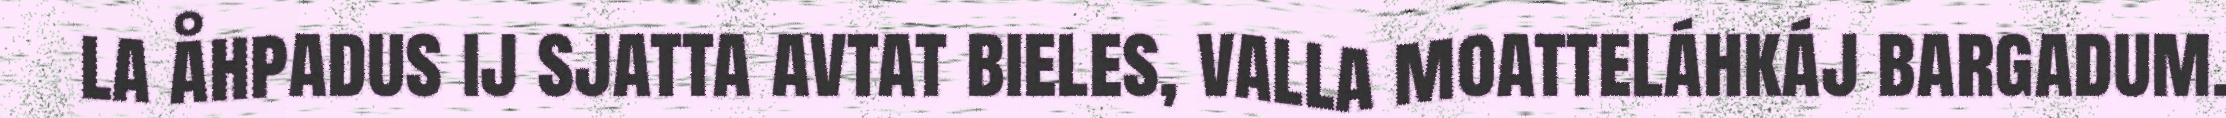
la åhpadus ij sjatta avtat bieles, valla moatteláhkáj bargadum.